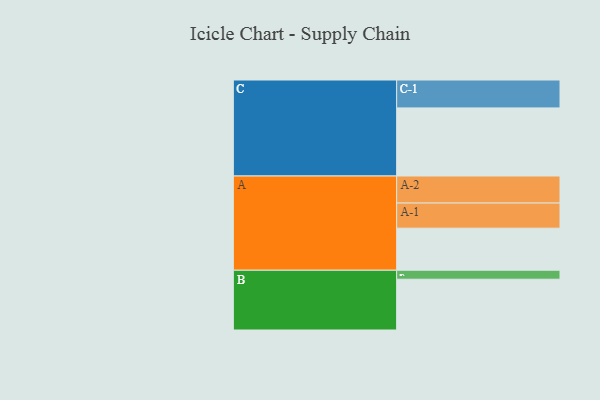
{"axis": {"x": "Segment", "y": "Value"}, "legend": ["", "A", "B", "C"], "data": [{"x": "A", "y": 333, "type": ""}, {"x": "B", "y": 402, "type": ""}, {"x": "C", "y": 539, "type": ""}, {"x": "A-1", "y": 199, "type": "A"}, {"x": "A-2", "y": 214, "type": "A"}, {"x": "B-1", "y": 71, "type": "B"}, {"x": "C-1", "y": 221, "type": "C"}]}